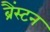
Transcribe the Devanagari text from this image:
ब्रैंस्टन